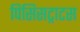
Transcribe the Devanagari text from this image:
पिसिसट्राटस